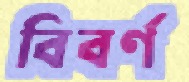
বিবর্ণ